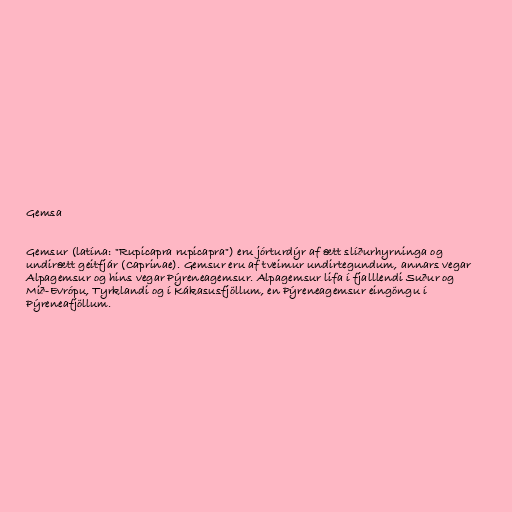
Gemsa

Gemsur (latína: "Rupicapra rupicapra") eru jórturdýr af ætt slíðurhyrninga og
undirætt geitfjár (Caprinae). Gemsur eru af tveimur undirtegundum, annars vegar
Alpagemsur og hins vegar Pýreneagemsur. Alpagemsur lifa í fjalllendi Suður og
Mið-Evrópu, Tyrklandi og í Kákasusfjöllum, en Pýreneagemsur eingöngu í
Pýreneafjöllum.